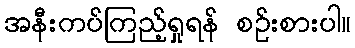
အနီးကပ်ကြည့်ရှုရန် စဉ်းစားပါ။